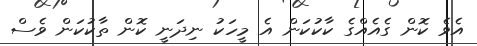
އެވެ ކޮން ގެއެއްގެ ކާކުކަން އެ މީހަކު ނިދަނީ ކޮން ތާކުކަން ވެސް